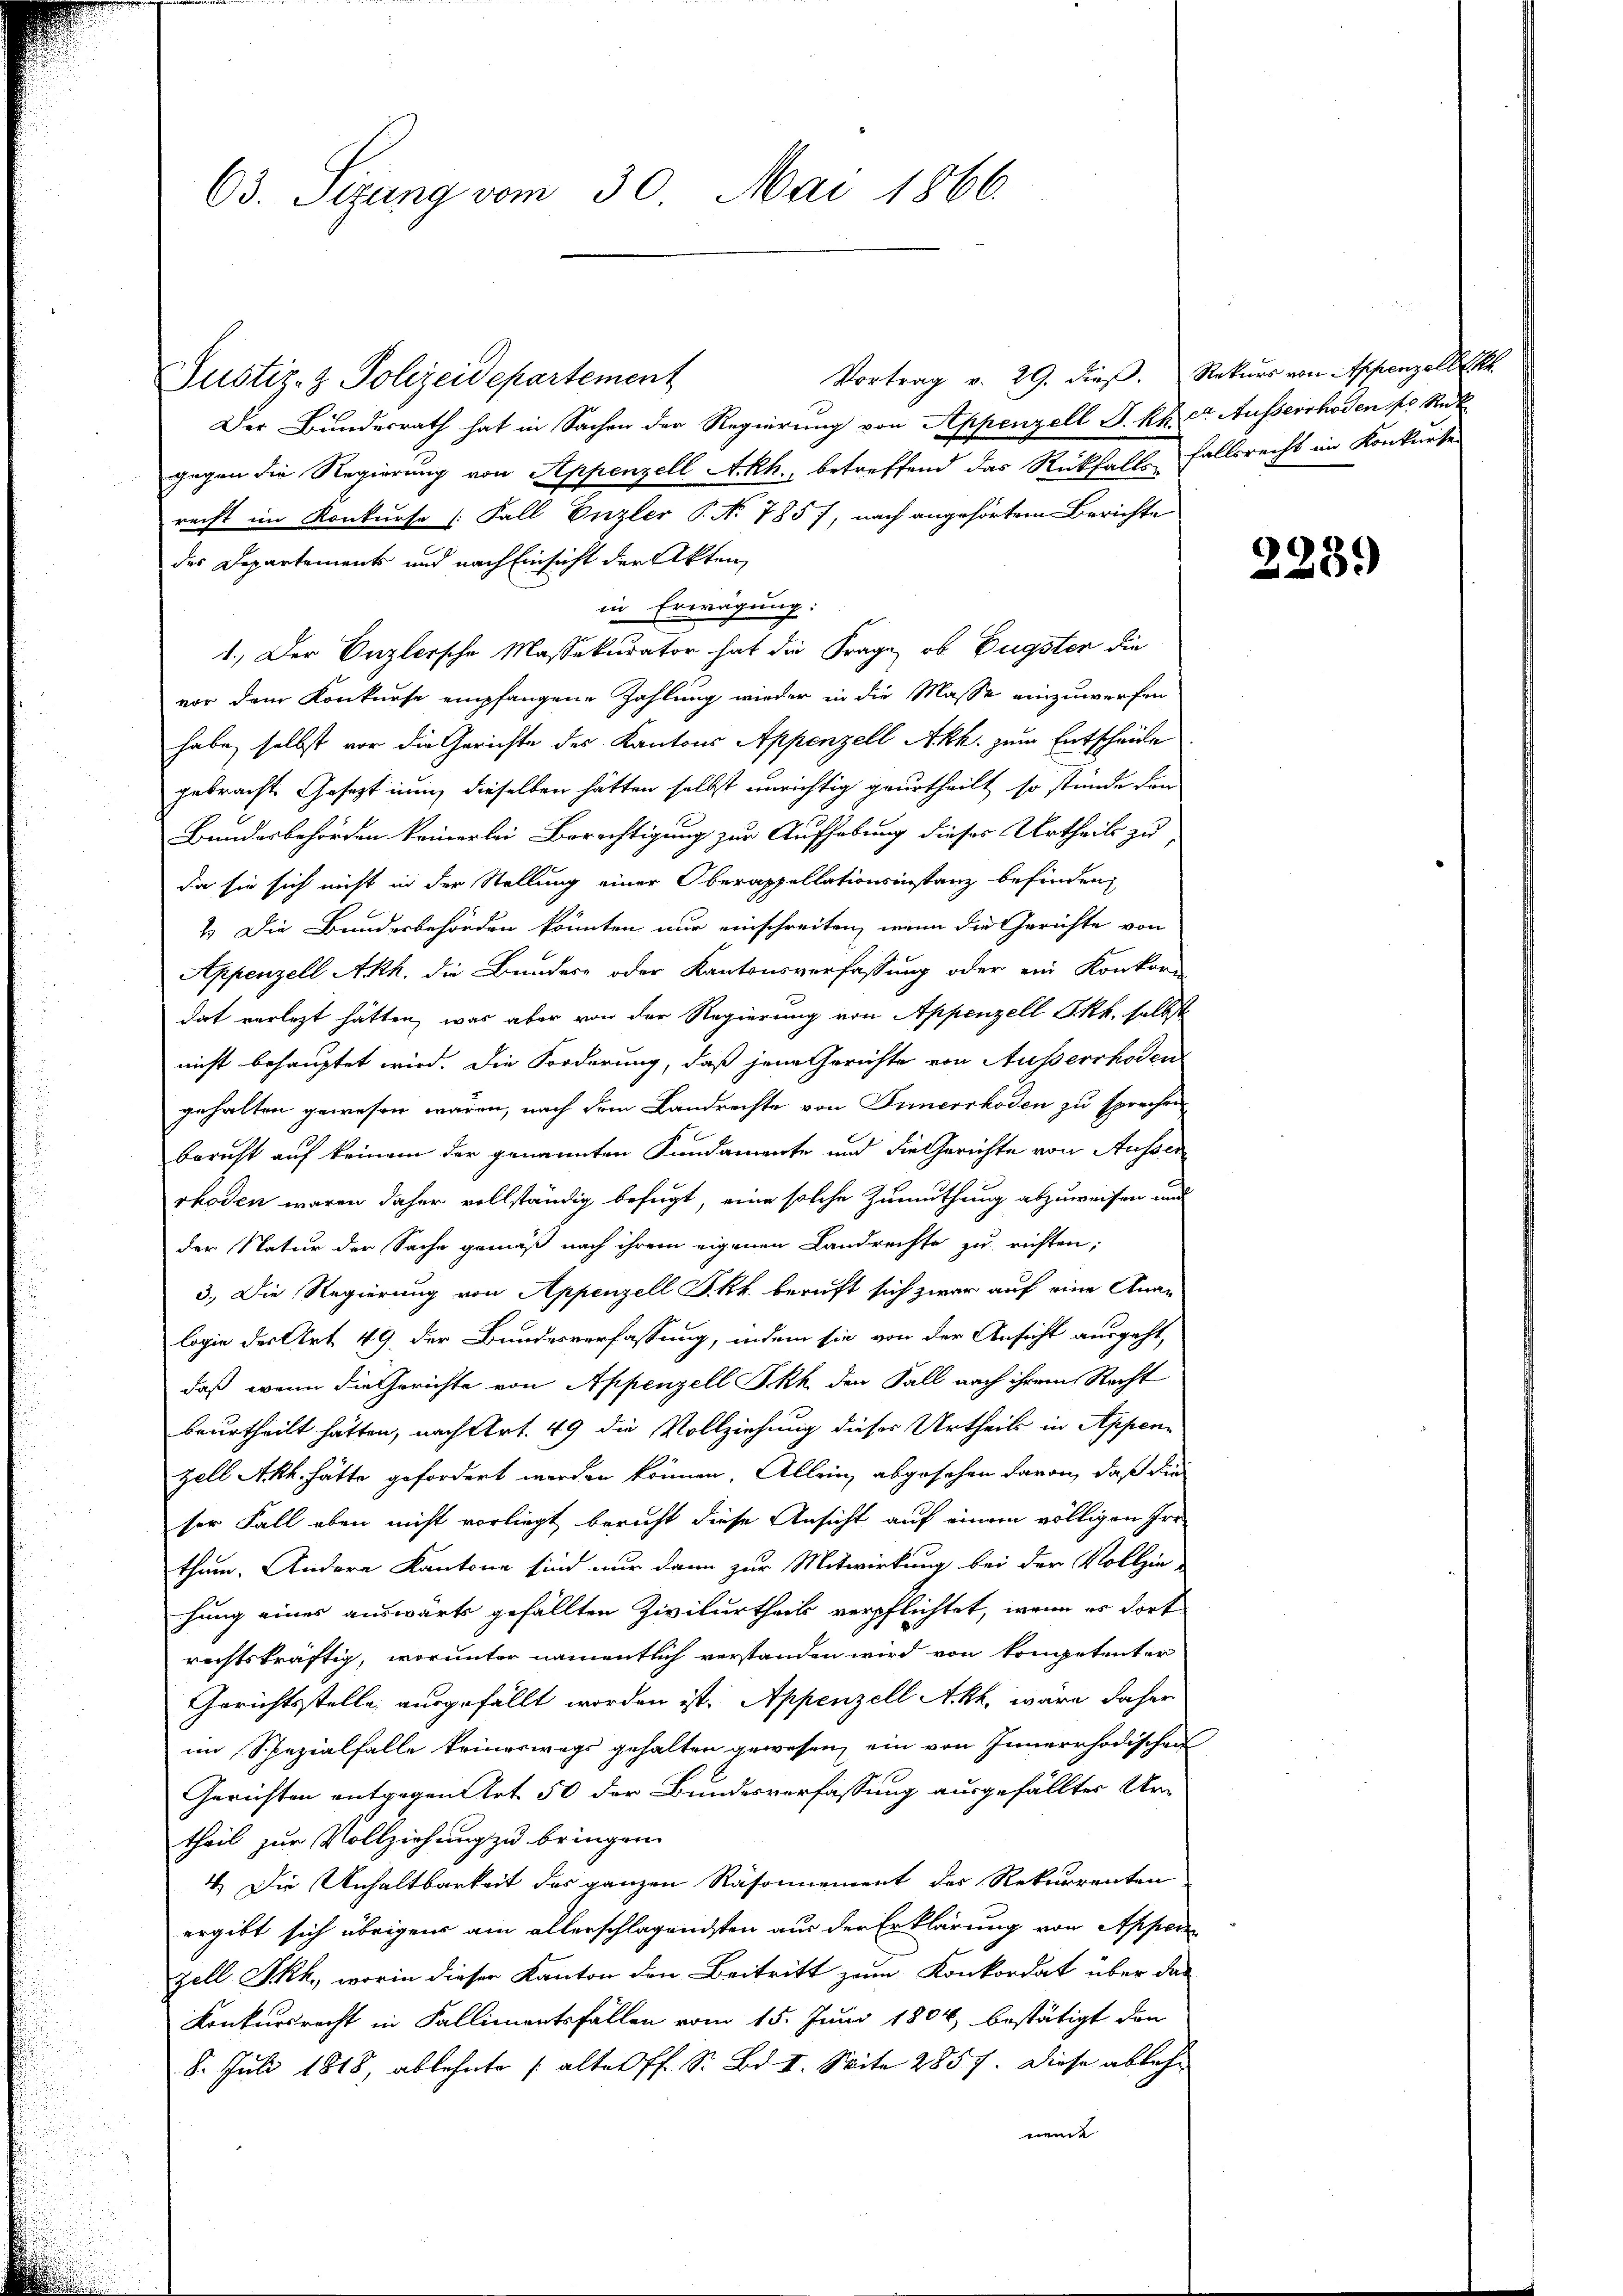
63. Sitzung vom 30. Mai 1866.

Justiz- & Polizeidepartement
Der Bundesrath hat in Sachen der Regierung von Appenzell S. kn. er Ausserrhoden fr. Rük
gegen die Regierung von Appenzell A.Rh., betreffend das Rückfallsfallsrecht im Konkurse
recht im Konkurse [Fall Enzler P. No 785), nach angehörtem Berichte
des Departements und nach Einsicht der Akten,
in Erwägung:
1.) Der Enzlersche Massekurator hat die Frage, ob Dügster die
vor dem Konkurse empfangene Zahlung wieder in die Masse einzuwerfen
habe, selbst vor die Gerichte des Kantons Appenzell Akh. zum Entscheide
gebracht. Gesetzt innig dieselben hätten selbst unrichtig geurtheilt, so stünde den
Bundesbehörden keinerlei Berechtigung zur Aufhebung dieses Urtheils zu
da sie sich nicht in der Stellung einer Oberappellationsinstanz befinden,
2.) Die Bundesbehörden könnten nur einschreiten, wenn die Gerichte von
Appenzell Ach, die Bundes- oder Kantonsverfassung oder ein Konkorn
dat vorlegt hätten, was aber von der Regierung von Appenzell Akt, selbst
nicht behauptet wird. Die Forderung, daß jene Gerichte von Ausserrhoden
gehalten gewesen wären, nach dem Landrechte von Innerrhoden zu sprechen
bericht auf keinem der genannten Fundamente und die Gerichte von Ausser
rhoden waren daher vollständig befugt, eine solche Zumuthung abzuweisen und
der Natur der Sache gemäß nach ihrem eigenen Landrechte zu richten,
3.) Die Regierung von Appenzell I.Rh. beruft sich zwar auf eine Anan
logie der Art 49, der Bundesverfassung, indem sie von der Ansicht ausgeht,
daß wenn die Gerichte von Appenzell Ickh den Fall nach ihrem Recht
beurtheilt hätten, nach Art. 49 die Vollziehung dieses Urtheils in Appenzell Akh. hätte gefordert werden können. Allein, abgesehen davon, daß die
ser Fall eben nicht vorliegt bericht diese Ansicht auf einem völligen Irrthum. Andere Kantone sind nur dann zur Mitwirkung bei der Vollzie-
hung eines auswärts gefällten Zivilurtheils verpflichtet, wenn es dort
rechtskräftig, worunter namentlich verstanden wird von kompetenter
Gerichtsstelle ausgefällt worden ist. Appenzell Akt, wäre daher
im Spezialfalle keineswegs gehalten gewesen, ein von Innerrhodischen
Gerichten entgegen Art. 50 der Bundesverfassung ausgefälltes Urtheil zur Vollziehung zu bringen.
4.) Die Unhaltbarkeit des ganzen Räsonnement der Rekurrenten
ergibt sich übrigens am allerschlagendsten aus der Erklärung von Appen
zell Skh., worin dieser Kanton den Beitritt zum Konkordat über das
Konkursrecht in Fallimentsfallen vom 15. Juni 1804, bestätigt den
8. Juli 1818, ablehnte (alter ff. S. Bd. II. Seite 2857. Diese ablehmeie

Vortrag v. 29. dieß. Rekurs von Appenzell l. kk.

2239)